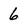
Character: 6